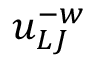
u _ { L J } ^ { - w }